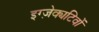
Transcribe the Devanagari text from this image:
इग्ज़ेक्यटिवों